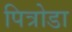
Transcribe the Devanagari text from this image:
पित्रोडा